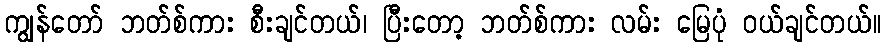
ကျွန်တော် ဘတ်စ်ကား စီးချင်တယ်၊ ပြီးတော့ ဘတ်စ်ကား လမ်း မြေပုံ ဝယ်ချင်တယ်။